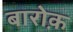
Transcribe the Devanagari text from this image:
बारोक़